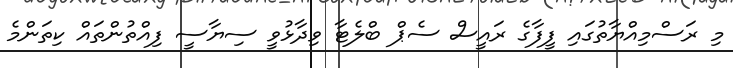
މި ރަސްމިއްޔާތުގައި ފީފާގެ ރައީސް ސެޕް ބްލެޓާ ވިދާޅުވީ ސިޔާސީ ފިއްތުންތައް ކިތަންމެ